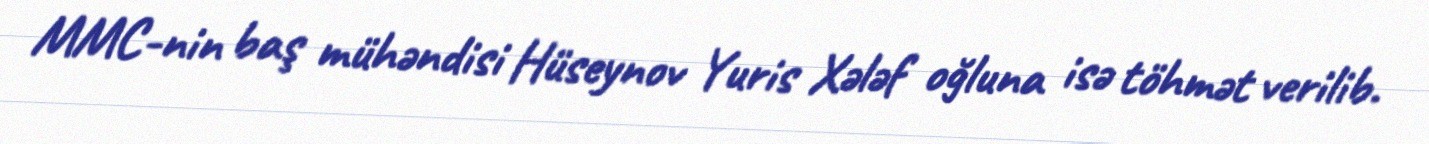
MMC-nin baş mühəndisi Hüseynov Yuris Xələf oğluna isə töhmət verilib.